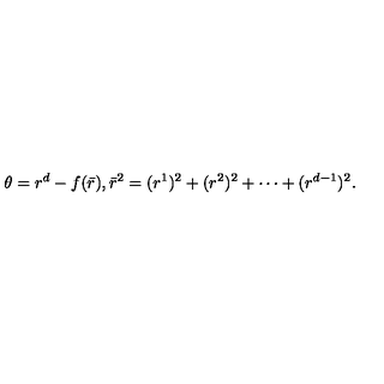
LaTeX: \theta = r ^ { d } - f ( \bar { r } ) , \bar { r } ^ { 2 } = ( r ^ { 1 } ) ^ { 2 } + ( r ^ { 2 } ) ^ { 2 } + \cdots + ( r ^ { d - 1 } ) ^ { 2 } .